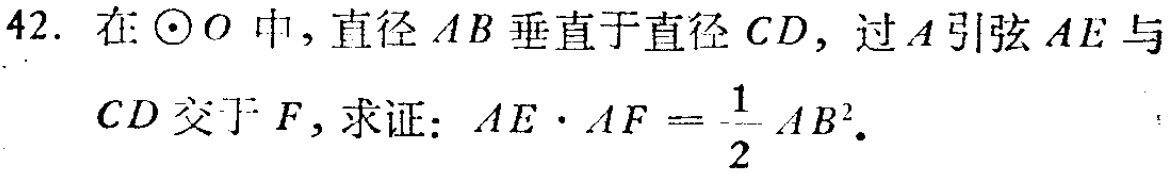
42. 在$\odot O$中，直径$AB$垂直于直径$CD$，过$A$引弦$AE$与$CD$交于$F$，求证：$AE\cdot AF = \frac{1}{2}AB^{2}$。